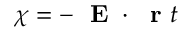
\chi = - \mathrm { ~ \bf ~ E ~ } \cdot \mathrm { ~ \bf ~ r ~ } t